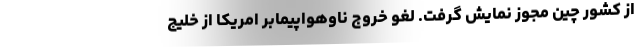
از کشور چین مجوز نمایش گرفت. لغو خروج ناوهواپیمابر امریکا از خلیج